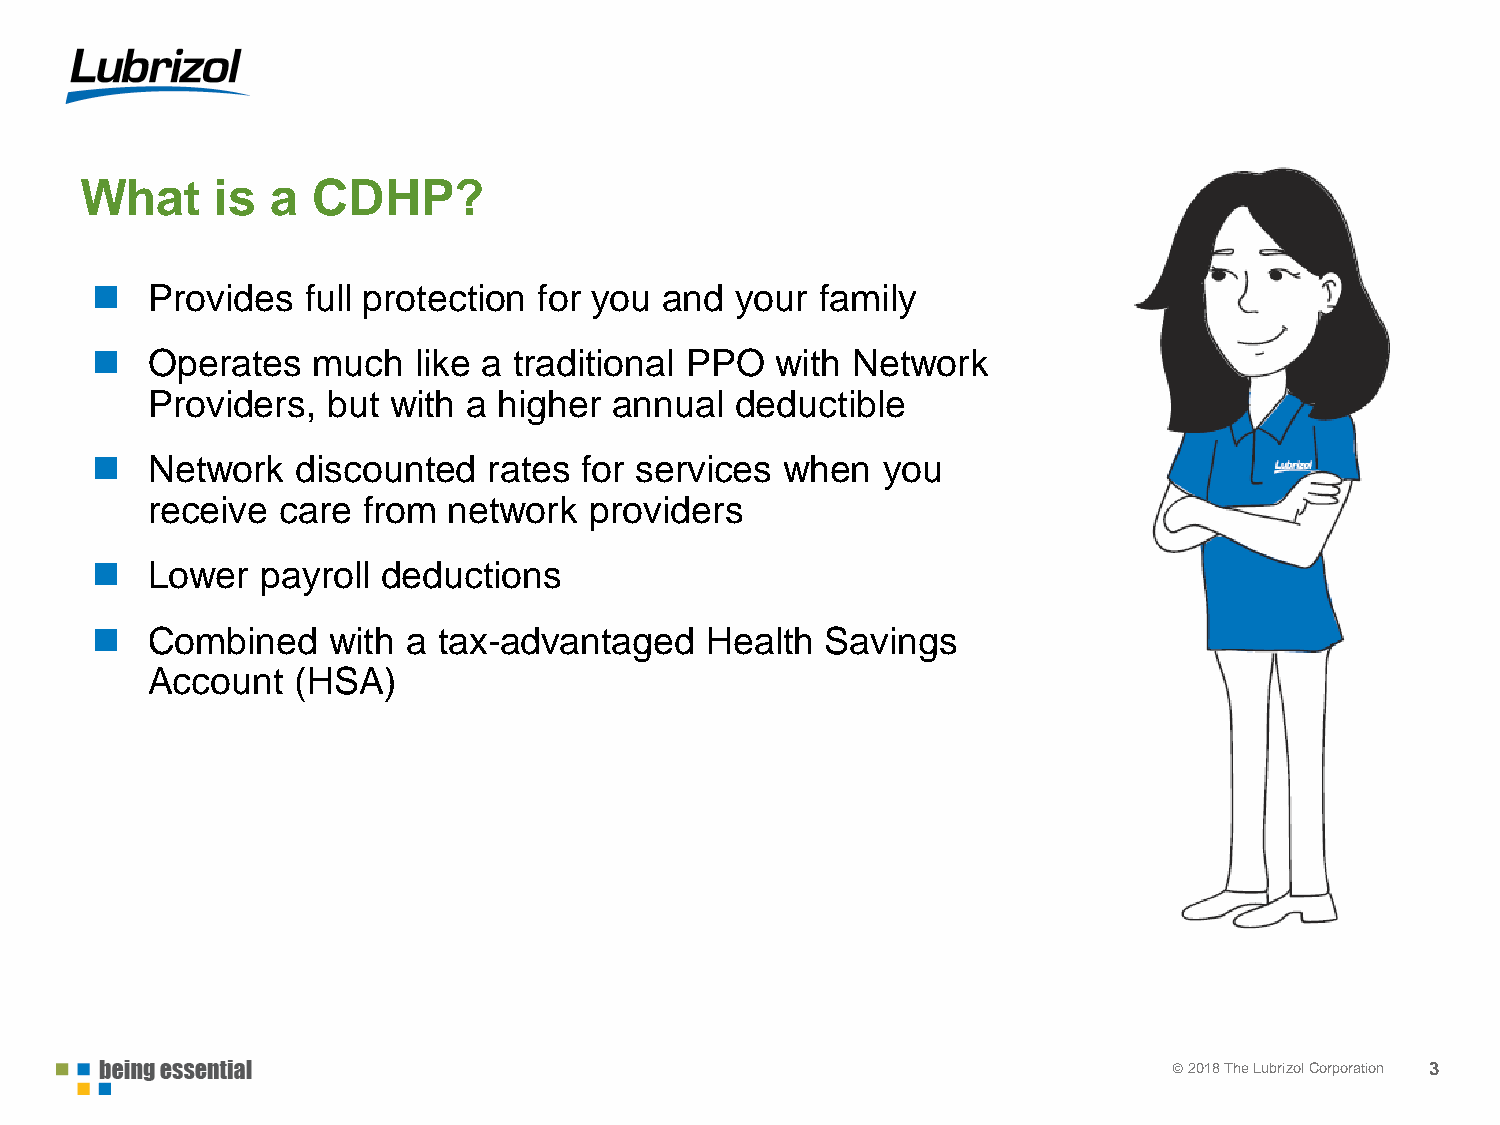
What     is  a  CDHP?
    Provides  full protection for you and  your family
    Operates   much  like a traditional PPO  with Network
 Providers,  but with a higher  annual  deductible
    Network   discounted  rates for services  when   you
 receive  care from  network  providers
    Lower  payroll deductions
    Combined    with a tax-advantaged    Health  Savings
 Account  (HSA)
 © 22001178 TThhee LLuubbrrizizool lC Coorprpoorartaiotinon 3